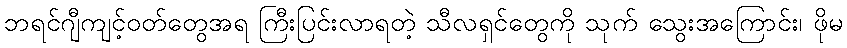
ဘရင်ဂျီကျင့်ဝတ်တွေအရ ကြီးပြင်းလာရတဲ့ သီလရှင်တွေကို သုက် သွေးအကြောင်း၊ ဖိုမ